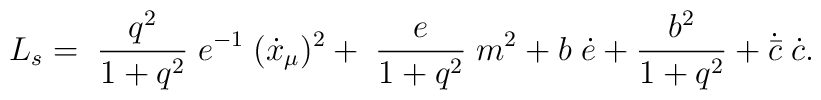
L_{s} = \; \frac{q^2}{1 + q^2}\; e^{-1} \; ( \dot x_{\mu})^2+ \; \frac{e}{1 + q^2}\;  m^2+ b\; \dot e + \frac{b^2}{1+q^2}  + \dot {\bar c}\; \dot c.